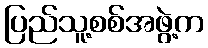
ပြည်သူ့စစ်အဖွဲ့က